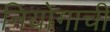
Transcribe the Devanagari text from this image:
नियोगाची